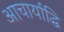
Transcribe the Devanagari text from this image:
आचार्याद्धि